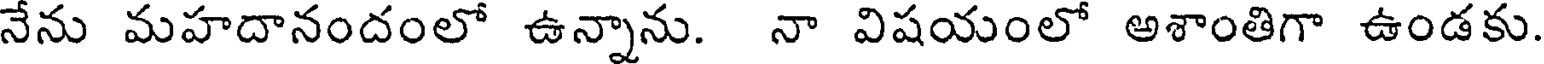
నేను మహదానందంలో ఉన్నాను. నా విషయంలో అశాంతిగా ఉండకు